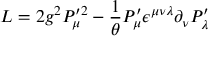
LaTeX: { \sl L } = 2 g ^ { 2 } P _ { \mu } ^ { \prime 2 } - { \frac { 1 } { \theta } } P _ { \mu } ^ { \prime } \epsilon ^ { \mu \nu \lambda } \partial _ { \nu } P _ { \lambda } ^ { \prime }